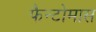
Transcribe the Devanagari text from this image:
फैन्टोमास